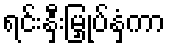
ရင်းနှီးမြှုပ်နှံကာ